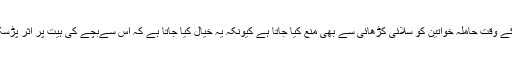
گرہن کے وقت حاملہ خواتین کو سلائی کڑھائی سے بھی منع کیا جاتا ہے کیونکہ یہ خیال کیا جاتا ہے کہ اس سےبچے کی ہیت پر اثر پڑسکتا ہے۔